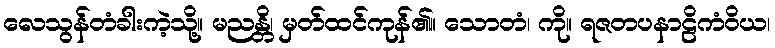
လေသွန်တံခါးကဲ့သို့။ မညန္တိ၊ မှတ်ထင်ကုန်၏။ သောတံ၊ ကို။ ရဇတပနာဠိကံဝိယ၊